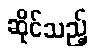
ဆိုင်သည့်